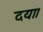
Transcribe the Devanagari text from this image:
दया।